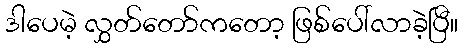
ဒါပေမဲ့ လွှတ်တော်ကတော့ ဖြစ်ပေါ်လာခဲ့ပြီ။